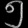
Digit: ၅